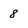
Character: 8